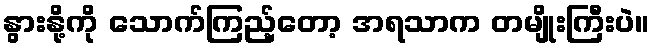
နွားနို့ကို သောက်ကြည့်တော့ အရသာက တမျိုးကြီးပဲ။